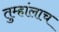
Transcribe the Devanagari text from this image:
तुम्हांलाच